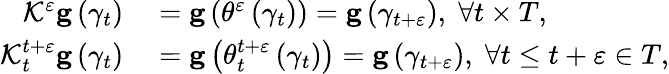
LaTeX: \begin{array}{rl}{\mathcal{K}^{\varepsilon}\mathbf{g}\left(\gamma_{t}\right)}&{{}=\mathbf{g}\left(\theta^{\varepsilon}\left(\gamma_{t}\right)\right)=\mathbf{g}\left(\gamma_{t+\varepsilon}\right),\; \forall t\times T,}\\ {\mathcal{K}_{t}^{t+\varepsilon}\mathbf{g}\left(\gamma_{t}\right)}&{{}=\mathbf{g}\left(\theta_{t}^{t+\varepsilon}\left(\gamma_{t}\right)\right)=\mathbf{g}\left(\gamma_{t+\varepsilon}\right),\; \forall t\leq t+\varepsilon\in T,}\end{array}